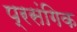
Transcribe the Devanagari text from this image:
प्रसंगिक